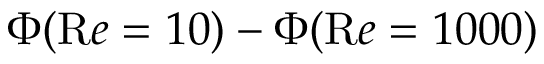
\Phi ( { \mathrm R e } = 1 0 ) - \Phi ( { \mathrm R e } = 1 0 0 0 )